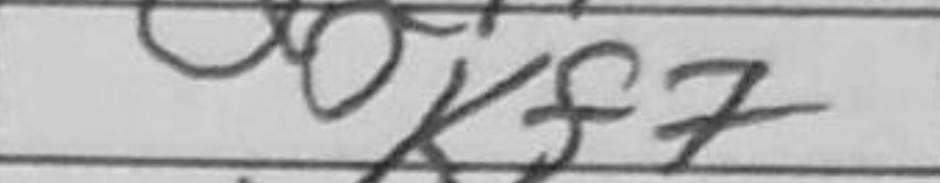
Transcription: Kf7